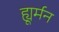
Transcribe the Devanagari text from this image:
ह्यूर्मन